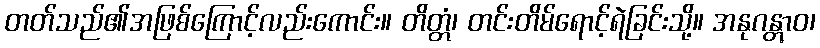
တတ်သည်၏အဖြစ်ကြောင့်လည်းကောင်း။ တိတ္တံ၊ တင်းတိမ်ရောင့်ရဲခြင်းသို့။ အနုဂန္တွာဝ၊